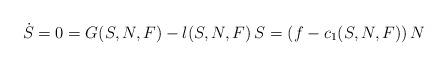
LaTeX: \begin{align*}\dot{S}&=0 = G(S,N,F)- l(S,N,F)\, S= \left(f - c_1(S,N,F)\right) N\end{align*}